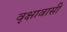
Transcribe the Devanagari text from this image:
वृक्षावासी